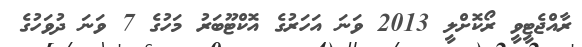
ރާއްޖެޓީވީ ރޯކޮށްލީ 2013 ވަނަ އަހަރުގެ އޮކްޓޫބަރު މަހުގެ 7 ވަނަ ދުވަހުގެ